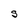
Character: S